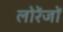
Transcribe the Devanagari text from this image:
लोरेंजों